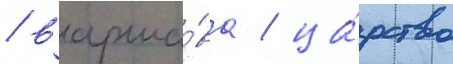
/ варша́ва / ца́рство